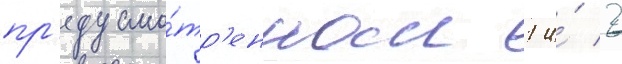
пр'едусмо́тр'енном 1 и́ 2